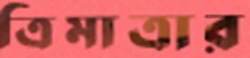
ত্রিমাত্রার